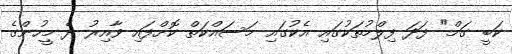
ކަބީ ގަމް" ފަދަ ފިލްމުތަކުގައި އެކުގައި މަސައްކަތް ކޮށްފައި ވާއިރު ދެ މީހުންގެ